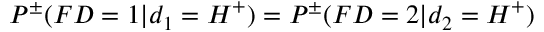
P ^ { \pm } ( F D = 1 | d _ { 1 } = H ^ { + } ) = P ^ { \pm } ( F D = 2 | d _ { 2 } = H ^ { + } )